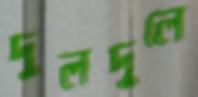
দুলদুলে